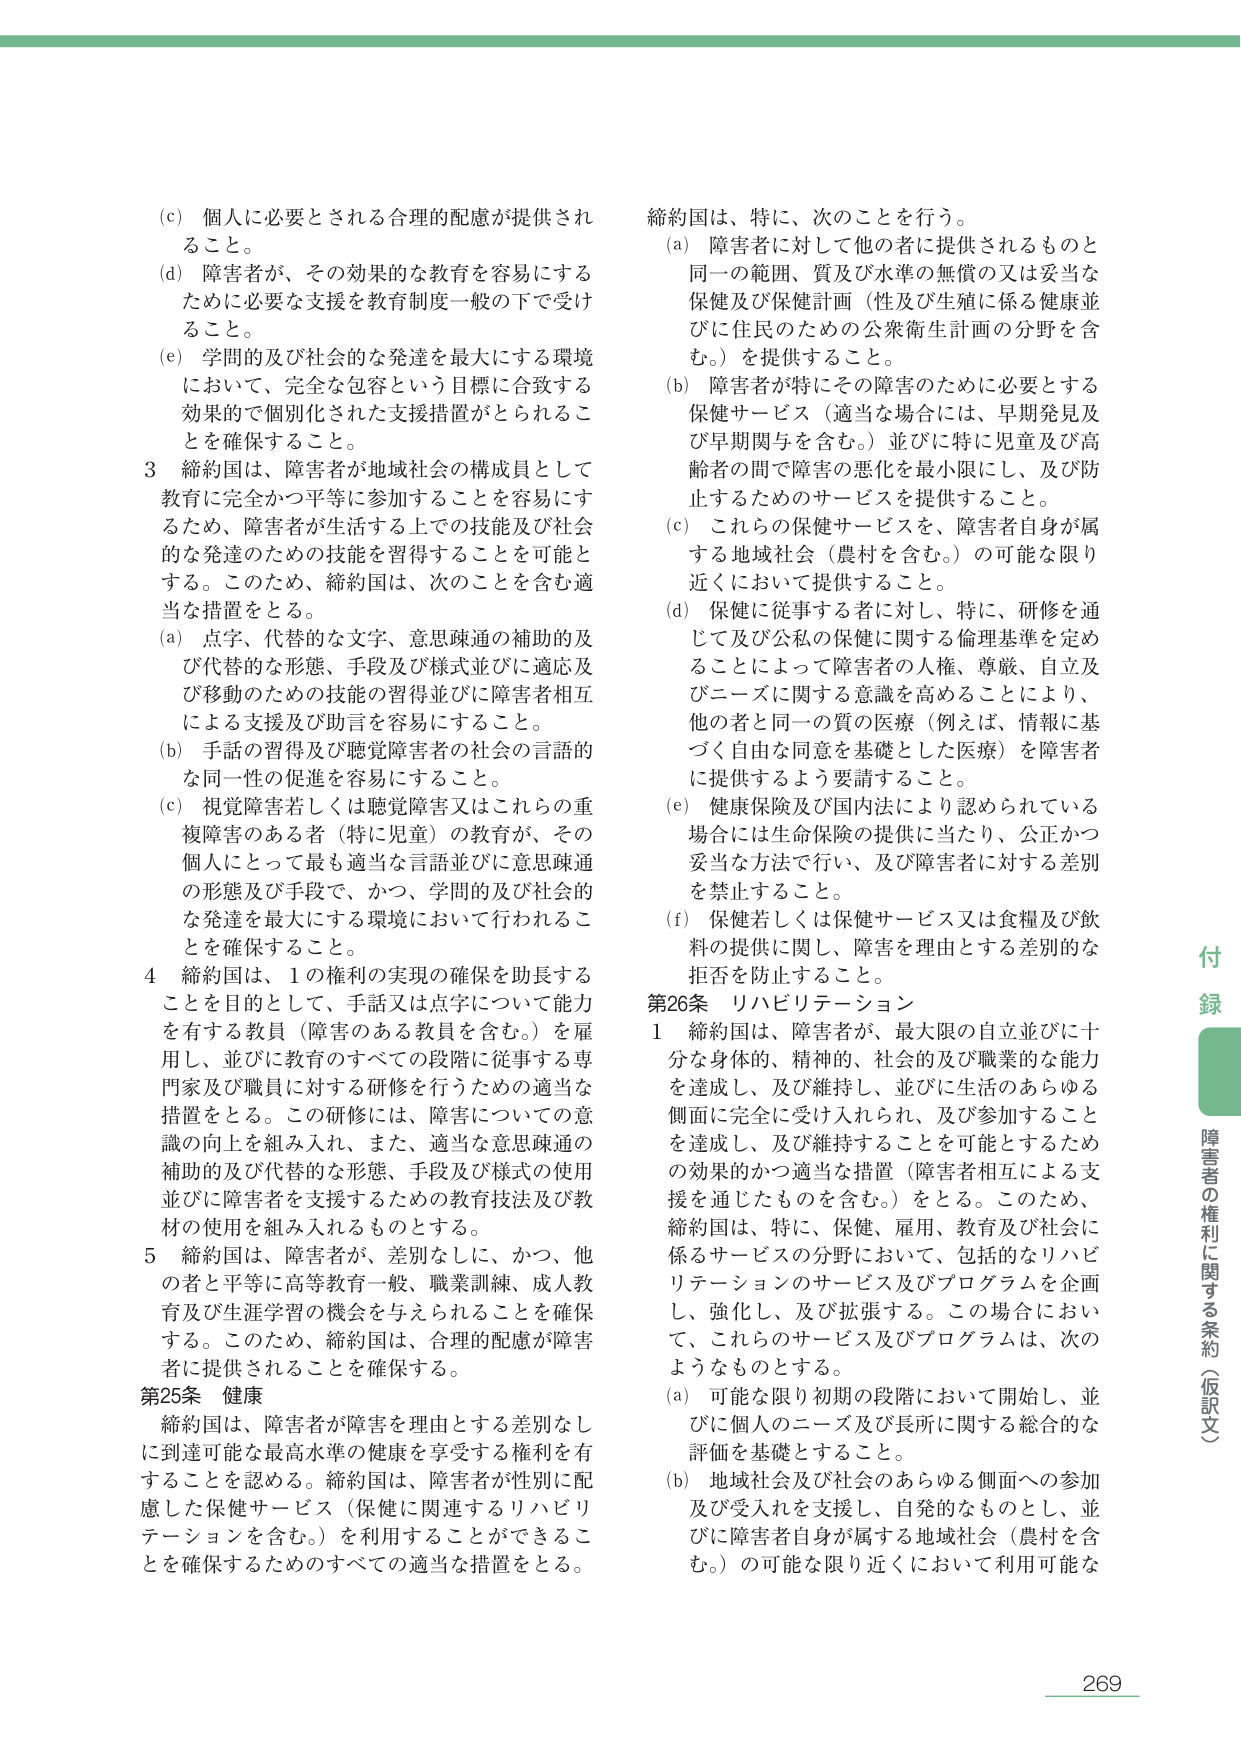
(c) 個人に必要とされる合理的配慮が提供されること。

(d) 障害者が、その効果的な教育を容易にするために必要な支援を教育制度一般の下で受け ること。

(e) 学問的及び社会的な発達を最大にする環境において、完全な包摂という目標に合致する効果的で個別化された支援措置がとられることを確保すること。

3 締約国は、障害者が地域社会の構成員として教育に完全かつ平等に参加することを容易にするため、障害者が生活する上でその技能及び社会的な発達のための技能を習得することを可能とする。このため、締約国は、次のことを含む適当な措置をとる。

(a) 点字、代替的な文字、意思疎通の補助的及び代替的な形態、手段及び様式並びに適応及び移動のための技能の習得並びに障害者相互による支援及び助言を容易にすること。

(b) 手話の習得及び聴覚障害者の社会的言語的な同一性の促進を容易にすること。

(c) 視覚障害若しくは聴覚障害又はこれらの重複障害のある者（特に児童）の教育が、その個人にとって最も適当な言語並びに意思疎通の形態及び手段で、かつ、学問的及び社会的な発達を最大にする環境において行われることを確保すること。

4 締約国は、1の権利の実現の確保を助長することを目的として、手話又は点字について能力を有する教員（障害のある教員を含む。）を雇用し、並びに教育のすべての段階に従事する専門家及び職員に対する研修を行うための適当な措置をとる。この研修には、障害についての意識の向上を組み入れ、また、適当な意思疎通の補助的及び代替的な形態、手段及び様式の使用並びに障害者を支援するための教育技法及び教材の使用を組み入れるものとする。

5 締約国は、障害者が、差別なしに、かつ、他の者と平等に高等教育一般、職業訓練、成人教育及び生涯学習の機会を与えられることを確保する。このため、締約国は、合理的配慮が障害者に提供されることを確保する。

第25条 健康

締約国は、障害者が障害を理由とする差別なしに到達可能な最高水準の健康を享受する権利を有することを認めること。締約国は、障害者が性別に配慮した保健サービス（保健に関連するリハビリテーションを含む。）を利用することのできることを確保するためのすべての適当な措置をとる。

締約国は、特に、次のことを行う。

(a) 障害者に対して他の者に提供されるものと同一の範囲、質及び水準の無償の又は妥当な保健及び保健計画（性及び生殖に係る健康並びに住民のための公衆衛生計画の分野を含む。）を提供すること。

(b) 障害者が特にその障害のために必要とする保健サービス（適当な場合に、早期発見及び早期関与を含む。）並びに特に児童及び高齢者の間で障害の悪化を最小限にし、及び防止するためのサービスを提供すること。

(c) これらの保健サービスを、障害者自身が属する地域社会（農村を含む。）の可能な限り近くにおいて提供すること。

(d) 保健に従事する者に対し、特に、研修を通じて及び公私の保健に関する倫理基準を定めることによって障害者の人権、尊厳、自立及びニーズに関する意識を高めることにより、他の者と同一の質の医療（例えば、情報に基づく自由な同意を基礎とした医療）を障害者に提供するよう要請すること。

(e) 健康保険及び国内法により認められている場合には生命保険の提供に当たり、公正かつ妥当な方法で行い、及び障害者に対する差別を禁止すること。

(f) 保健若しくは保健サービス又は食糧及び飲料の提供に関し、障害を理由とする差別的な拒否を防止すること。

第26条 リハビリテーション

1 締約国は、障害者が、最大限の自立並びに十分な身体的、精神的、社会的及び職業的な能力を達成し、及び維持し、並びに生活のあらゆる側面に完全に受け入れられ、及び参加することを達成し、及び維持することを可能とするための効果的かつ適当な措置（障害者相互による支援を通じたものを含む。）をとる。このため、締約国は、特に、保健、雇用、教育及び社会に係るサービスの分野において、包括的なリハビリテーションのサービス及びプログラムを企画し、強化し、及び拡張する。この場合において、これらのサービス及びプログラムは、次のようなものとする。

(a) 可能な限り初期の段階において開始し、並びに個人のニーズ及び長所に関する総合的な評価を基礎とすること。

(b) 地域社会及び社会のあらゆる側面への参加及び受入れを支援し、自発的なものとし、並びに障害者自身が属する地域社会（農村を含む。）の可能な限り近くにおいて利用可能な

付録
障害者の権利に関する条約（仮訳文）
269